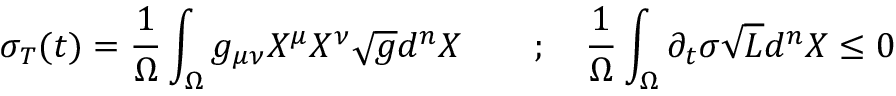
\sigma _ { T } ( t ) = \frac { 1 } { \Omega } \int _ { \Omega } g _ { \mu \nu } X ^ { \mu } X ^ { \nu } \sqrt { g } d ^ { n } X \qquad ; \quad \frac { 1 } { \Omega } \int _ { \Omega } \partial _ { t } \sigma \sqrt { L } d ^ { n } X \le 0